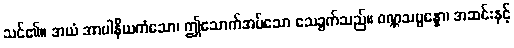
သင်၏။ အယံ အာပါနိယကံသော၊ ဤသောက်အပ်သော သေခွက်သည်။ ဝဏ္ဏသမ္ပန္နော၊ အဆင်းနှင့်